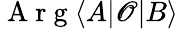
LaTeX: \mathrm{~A~r~g~}\langle A\lvert\mathscr{O}\lvert B\rangle